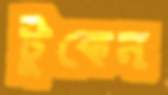
টুকেন